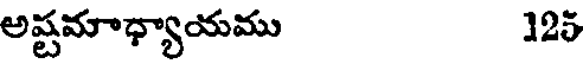
అష్టమాధ్యాయము 125